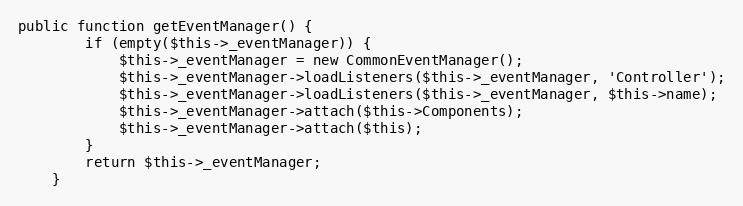
Language: PHP
public function getEventManager() {
		if (empty($this->_eventManager)) {
			$this->_eventManager = new CommonEventManager();
			$this->_eventManager->loadListeners($this->_eventManager, 'Controller');
			$this->_eventManager->loadListeners($this->_eventManager, $this->name);
			$this->_eventManager->attach($this->Components);
			$this->_eventManager->attach($this);
		}
		return $this->_eventManager;
	}